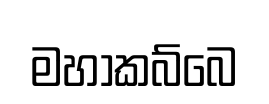
මහාකබ්බෙ